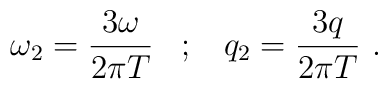
\omega_2 = \frac{3 \omega}{2\pi T} \; \; \; ; \; \; \; q_2 = \frac{3 q}{2\pi T} \ .